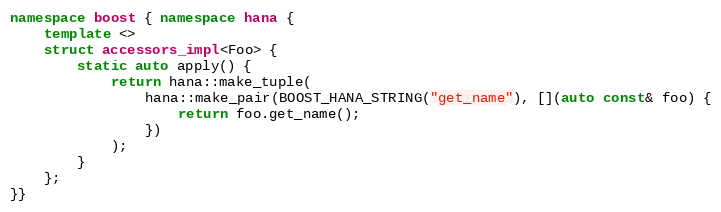
Language: C++
namespace boost { namespace hana {
    template <>
    struct accessors_impl<Foo> {
        static auto apply() {
            return hana::make_tuple(
                hana::make_pair(BOOST_HANA_STRING("get_name"), [](auto const& foo) {
                    return foo.get_name();
                })
            );
        }
    };
}}